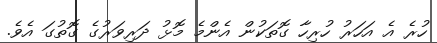
ހުރެ އެ އަހަރު ހުރިހާ ގޮތަކުން އެންމެ މޮޅު ދަރިވަރުގެ ގޮތުގަ އެވެ.